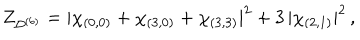
Z _ { \mathcal { D } ^ { ( 6 ) } } = | \chi _ { ( 0 , 0 ) } + \chi _ { ( 3 , 0 ) } + \chi _ { ( 3 , 3 ) } | ^ { 2 } + 3 \, | \chi _ { ( 2 , 1 ) } | ^ { 2 } \, ,